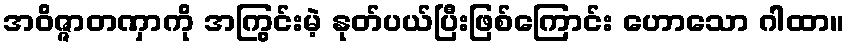
အဝိဇ္ဇာတဏှာကို အကြွင်းမဲ့ နုတ်ပယ်ပြီးဖြစ်ကြောင်း ဟောသော ဂါထာ။